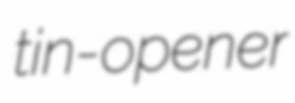
tin-opener